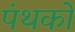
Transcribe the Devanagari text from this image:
पंथको